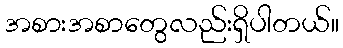
အစားအစာတွေလည်းရှိပါတယ်။